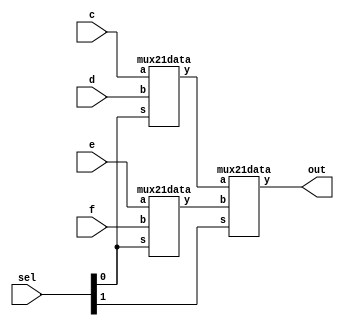
`timescale 1ns / 1ps
//////////////////////////////////////////////////////////////////////////////////
// Company: 
// Engineer: 
// 
// Design Name: 
// Module Name:    mux41data 
// Project Name: 
// Target Devices: 
// Tool versions: 
// Description: 
//
// Dependencies: 
//
// Revision: 
// Revision 0.01 - File Created
// Additional Comments: 
//
//////////////////////////////////////////////////////////////////////////////////
module mux41data(c,d,e,f,sel,out);
input c,d,e,f;
input[1:0] sel;
output out;
wire y0,y1;
mux21data u1(.a(c),.b(d),.y(y0),.s(sel[0]));
mux21data u2(.a(e),.b(f),.y(y1),.s(sel[0]));
mux21data u3(.a(y0),.b(y1),.y(out),.s(sel[1]));
endmodule
//////////////////////////////////////////////////////////////////////////////////
module mux21data(y,a,b,s);
input a,b,s;
output y;
assign y={(a&(~s))|(b&s)};
endmodule